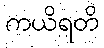
ကယိရတိ